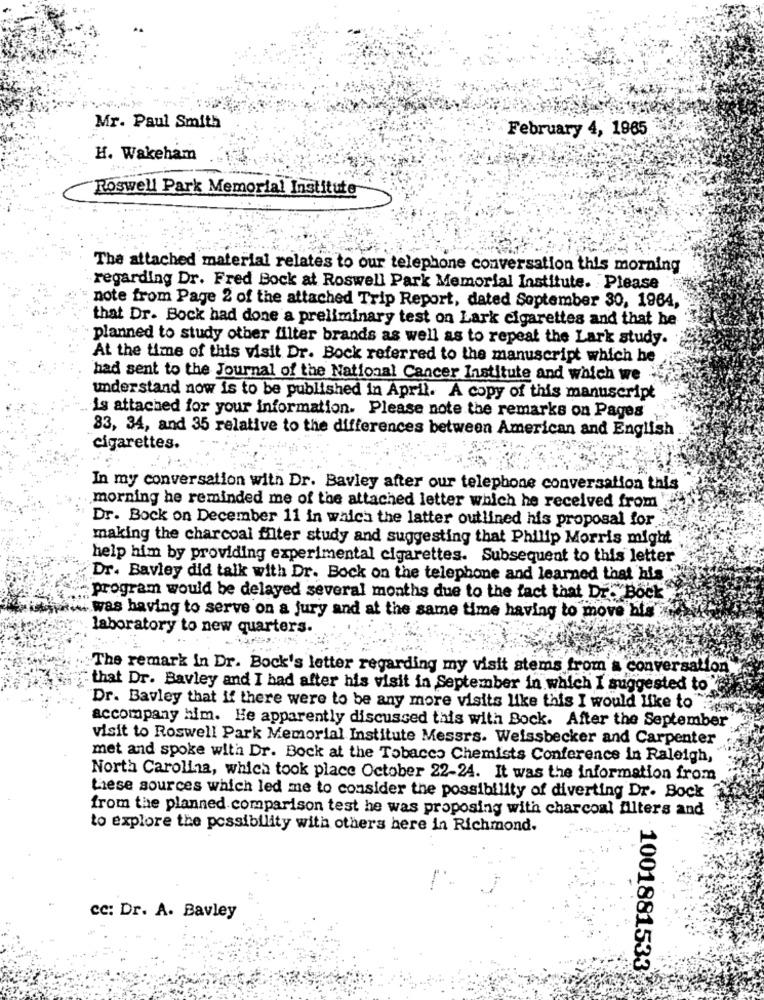
Mr. Paul Smith
February 4, 1965
H. Wakeham
Roswell Park Memorial Institute
The attached material relates to our telephone conversation this morning
regarding Dr. Fred Bock at Roswell Park Memorial Institute. Please
note from Page 2 of the attached Trip Report, dated Soptember 30, 1964,
that Dr. Bock had done a preliminary test on Lark cigarettes and that he
planned to study other filter brands as well as to repeat the Lark study.
At the time of this visit Dr. Bock referred to the manuscript which he
had sent to the Journal of the National Cancer Institute and which we .
understand now is to be published in April. A copy of this manuscript
is attached for your information. Please note the remarks on Pages
33, 34, and 35 relative to the differences between American and English
cigarettes.
In my conversation with Dr. Baviey after our telephone conversation this
morning he reminded me of the attached letter which he received from
Dr. Bock on December 11 in which the latter outlined his proposal for.
making the charcoal filter study and suggesting that Philip Morris might
help him by providing experimental cigarettes. Subsequent to this letter
Dr. Bavley did talk with Dr. Bock on the telephone and learned that his"
program would be delayed several months due to the fact that Dr. Bock
was having to serve on a jury and at the same time having to move bis
laboratory to new quarters.
The remark in Dr. Bock's letter regarding my visit stems from a conversation
: that Dr. Bavley and I had after his visit in September in which I suggested to
Dr. Bavley that if there were to be any more visits like this I would like to
accompany him. He apparently discussed this with Bock. After the September
visit to Roswell Park Memorial Institute Messrs. Weissbecker and Carpenter
met and spoke with Dr. Bock at the Tobacco Chemists Conference in Raleigh,
North Carolina, which took place October 22-24. It was the information from
Liese sources which led me to consider the possibility of diverting Dr. Bock
from the planned comparison test he was proposing with charcoal filters and
to explore the possibility with others here in Richmond.
cc: Dr. A. Bavley
1001881533